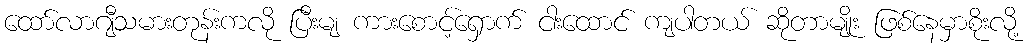
ထော်လာဂျီသမားတုန်းကလို ပြီးမျ ကားစောင့်ရှောက် ငါးထောင် ကျပါတယ် ဆိုတာမျိုး ဖြစ်နေမှာစိုးလို့